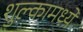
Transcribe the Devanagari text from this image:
शुल्कामध्ये